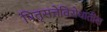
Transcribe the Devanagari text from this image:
पितृसत्तेविरोधातील